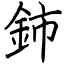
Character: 鈰